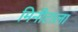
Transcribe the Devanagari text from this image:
मिनीटाला